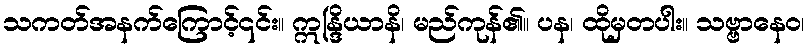
သကတ်အနက်ကြောင့်၎င်း။ ဣန္ဒြိယာနိ၊ မည်ကုန်၏။ ပန၊ ထိုမှတပါး။ သဗ္ဗာနေဝ၊